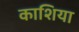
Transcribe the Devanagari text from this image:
काशिया